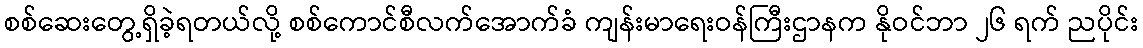
စစ်ဆေးတွေ့ရှိခဲ့ရတယ်လို့ စစ်ကောင်စီလက်အောက်ခံ ကျန်းမာရေးဝန်ကြီးဌာနက နိုဝင်ဘာ ၂၆ ရက် ညပိုင်း